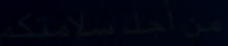
من-أجل-سلامتكم